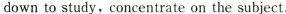
down to study, concentrate on the subject.